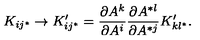
K _ { i j ^ { * } } \rightarrow K _ { i j ^ { * } } ^ { \prime } = { \frac { \partial A ^ { k } } { \partial A ^ { i } } } { \frac { \partial A ^ { * l } } { \partial A ^ { * j } } } K _ { k l ^ { * } } ^ { \prime } .